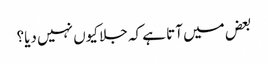
بعض میں آتا ہے کہ جلا کیوں نہیں دیا؟